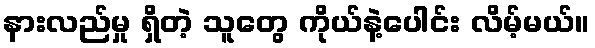
နားလည်မှု ရှိတဲ့ သူတွေ ကိုယ်နဲ့ပေါင်း လိမ့်မယ်။